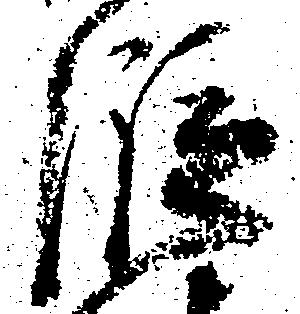
段